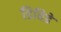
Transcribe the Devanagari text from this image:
डिविडे